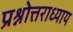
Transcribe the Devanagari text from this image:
प्रश्नोत्तराध्याय